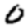
Digit: 0